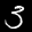
Label: 3